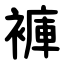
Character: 褲